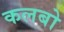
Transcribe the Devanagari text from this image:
कलबो